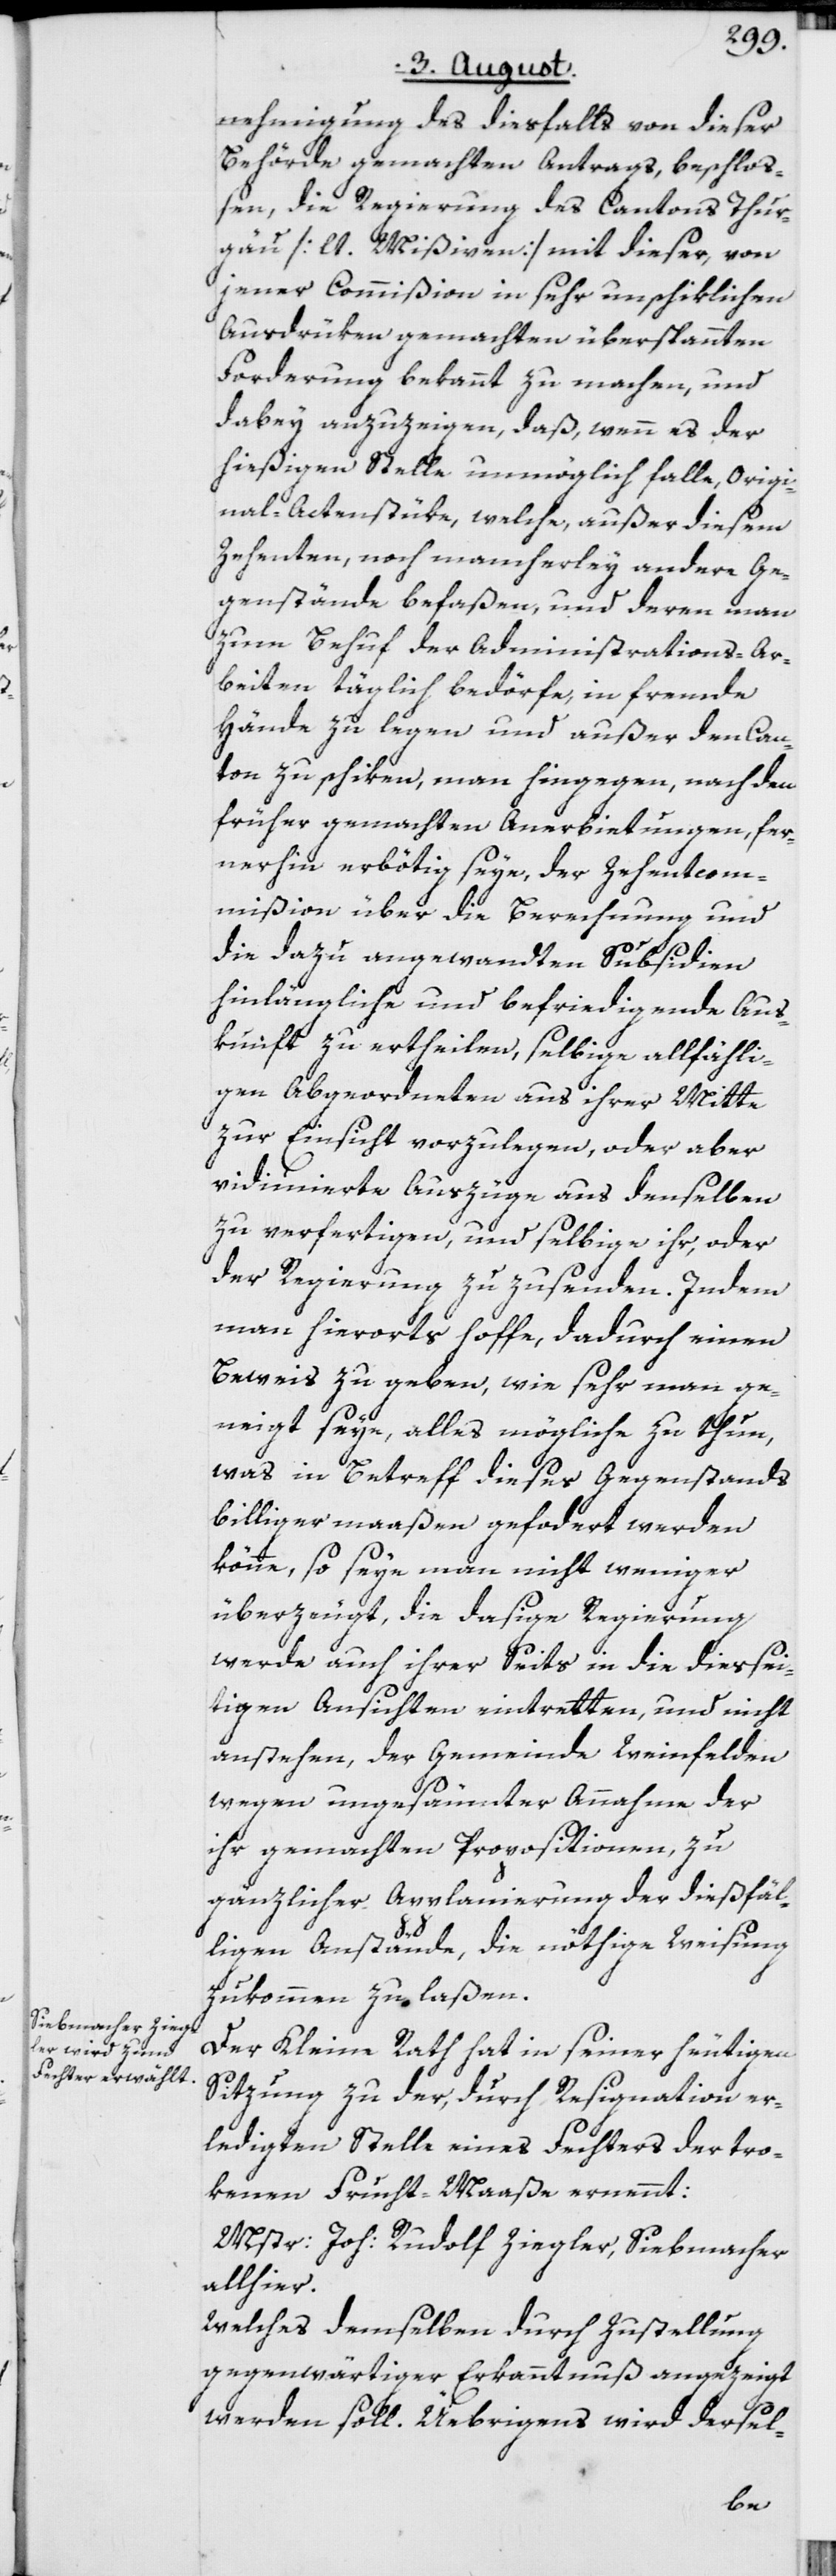
nehmigung des diesfalls von dieser
Behörde gemachten Antrags, beschloß¬
en, die Regierung des Cantons Thur¬
gau [lt. Mißiven] mit dieser, von
jener Commißion in sehr unschiklichen
Ausdrüken gemachten überspannten
Forderung bekannt zu machen, und
dabey anzuzeigen, daß, wenn es der
hießigen Stelle unmöglich falle, Origi¬
nal-Actenstüke, welche, außer diesem
Zehenten, noch mancherley andere Ge¬
genstände befaßen, und deren man
zum Behuf der Administrations-Ar¬
beiten täglich bedörfe, in fremde
Hände zu legen und außer den Can¬
ton zu schiken, man hingegen, nach den
früher gemachten Anerbietungen, fer¬
nerhin erbötig seye, der Zehentcom¬
mißion über die Berechnung und
die dazu angewandten Subsidien
hinlängliche und befriedigende Aus¬
kunft zu ertheilen, selbige allfähli¬
gen Abgeordneten aus ihrer Mitte
zur Einsicht vorzulegen, oder aber
vidimierte Auszüge aus denselben
zu verfertigen, und selbige ihr, oder
der Regierung zuzusenden. Indem
man hierorts hoffe, dadurch einen
Beweis zu geben, wie sehr man ge¬
neigt seye, alles mögliche zu thun,
was in Betreff dieses Gegenstands
billigermaaßen gefo[r]dert werden
könne, so seye man nicht weniger
überzeugt, die dasige Regierung
werde auch ihrer Seits in die diessei¬
tigen Ansichten eintretten, und nicht
anstehen, der Gemeinde Weinfelden
wegen ungesäumter Annahme der
ihr gemachten Propositionen, zu
gänzlicher Applanierung der dießfäl¬
ligen Anstände, die nöthige Weisung
zukommen zu laßen.
Der Kleine Rath hat in seiner heutigen
Sitzung zu der, durch Resignation er¬
ledigten Stelle eines Fechters der tro¬
kenen Frucht-Maaße ernennt:
Mstr: Joh: Rudolf Ziegler, Siebmacher
allhier.
Welches demselben durch Zustellung
gegenwärtiger Erkanntnuß angezeigt
werden soll. Üebrigens wird dersel-